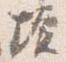
壇